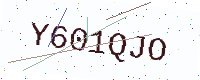
Text: Y601QJO